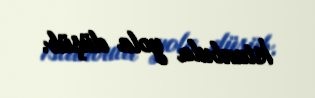
İstanbula yola düşüb.